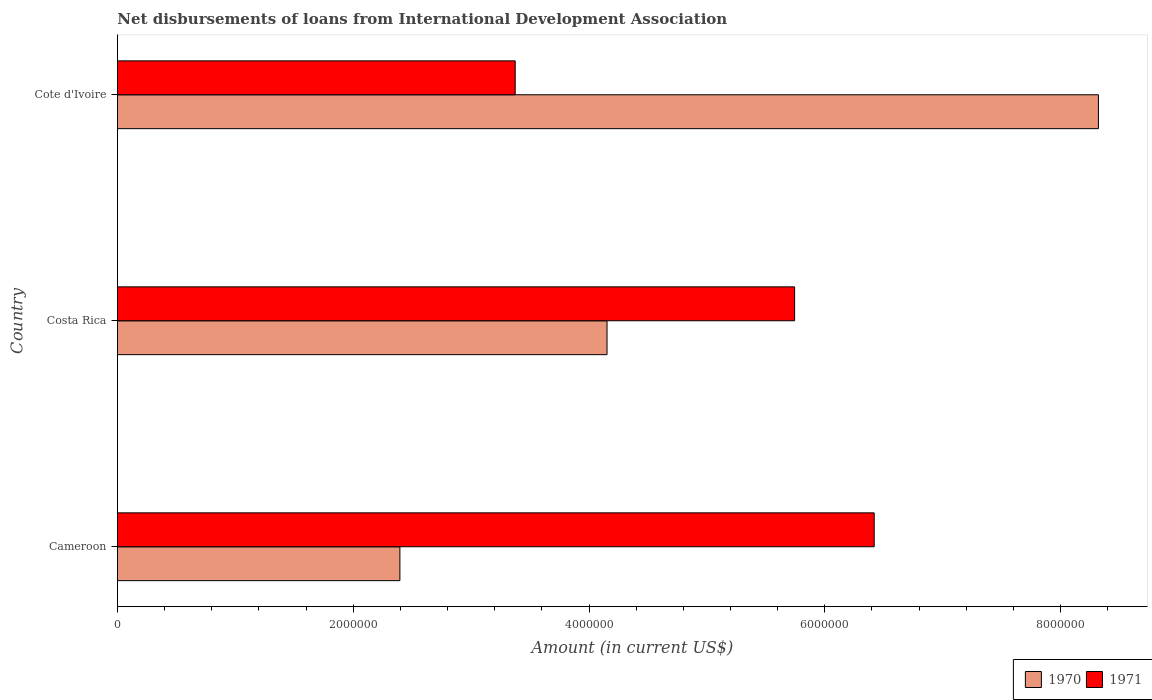
| Country | 1970 | 1971 |
 | --- | --- | --- |
 | Cameroon | 2.4e+06 | 6.42e+06 |
 | Costa Rica | 4.15e+06 | 5.74e+06 |
 | Cote d'Ivoire | 8.32e+06 | 3.37e+06 |